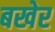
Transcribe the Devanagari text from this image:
बखेर